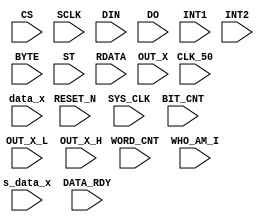
module  TP   (
 input  RESET_N , 
 input  SYS_CLK  ,   
 input  CLK_50 , 
 input  CS   ,
 input  SCLK,
 input  DIN ,
 input  DO   ,
 input  INT1 , 
 input  INT2 , 
 input  BYTE ,
 
 //--test
 input  [7:0]ST  ,
 input  [7:0]BIT_CNT ,
 input   [7:0]WORD_CNT ,
 input  [15:0]RDATA  ,

 
 input [15:0] OUT_X ,//twos complement left-justified.\
 input [7:0] WHO_AM_I ,
 input [7:0] OUT_X_L  ,
 input [7:0] OUT_X_H   ,
 input  [16:0]  data_x ,
 input   [16:0] s_data_x ,
 input   DATA_RDY  
 );
 endmodule